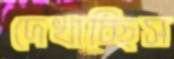
দেখাচ্ছিস